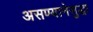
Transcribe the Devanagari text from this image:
असण्यानेसुद्धा